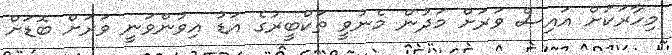
މިހާރަކަށް އައިސް ވަރަށް މަދުން މެނުވީ ތަކްބީރުގެ އަޑު އިވުންވަނީ ވަރަށް ބޮޑަށް